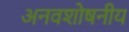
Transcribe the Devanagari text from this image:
अनवशोषनीय